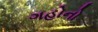
ગહોનો